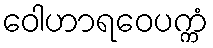
ဝေါဟာရဝေပက္ကံ